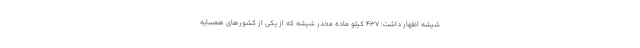
شیشه اظهار داشت: ۴۳۷ کیلو ماده مخدر شیشه که از یکی از کشورهای همسایه